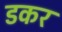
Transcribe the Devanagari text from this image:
डकर